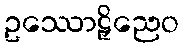
ဥဿောဠှိညေဝ